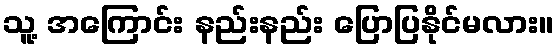
သူ့ အကြောင်း နည်းနည်း ပြောပြနိုင်မလား။